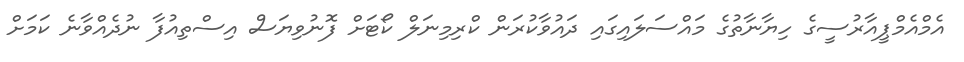
އެމްއެމްޕީއާރުސީގެ ހިޔާނާތުގެ މައްސަލައިގައި ދައުވާކުރަން ކްރިމިނަލް ކޯޓަށް ފޮނުވިޔަސް އިސްތިއުފާ ނުދެއްވާނެ ކަމަށް